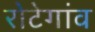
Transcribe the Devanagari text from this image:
रोटेगांव